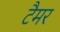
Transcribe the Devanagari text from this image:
टैमर